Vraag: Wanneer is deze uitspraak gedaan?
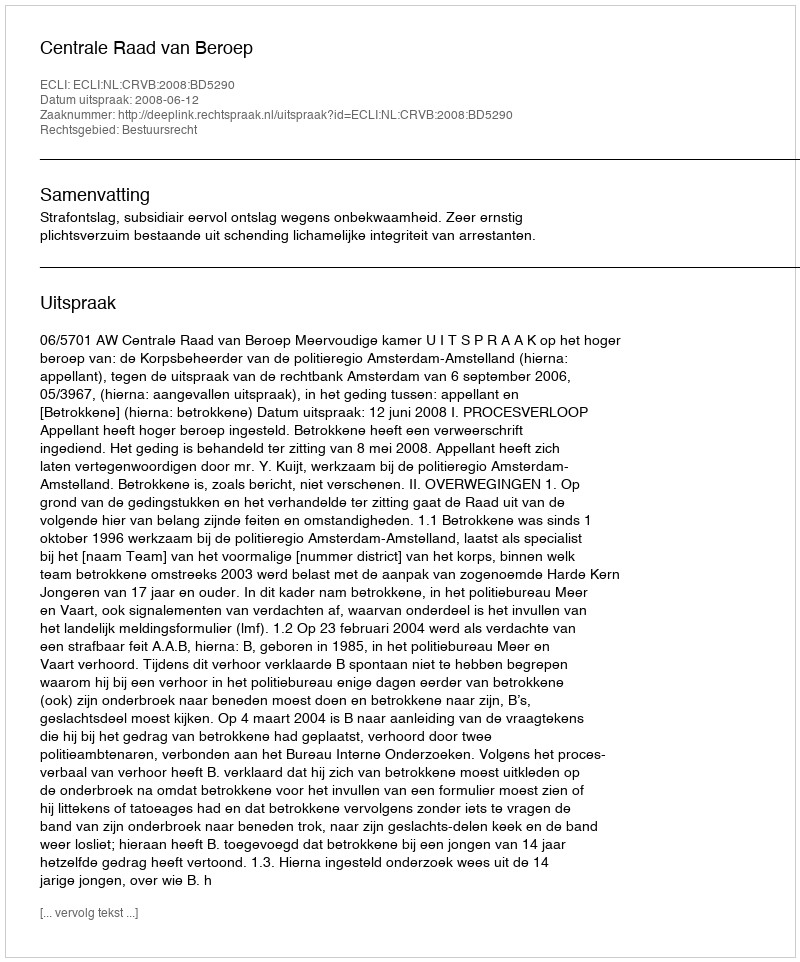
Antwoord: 2008-06-12